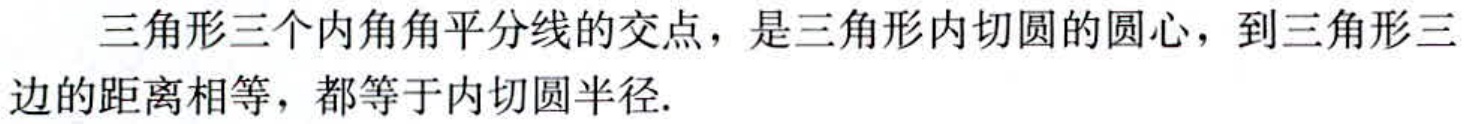
三角形三个内角角平分线的交点，是三角形内切圆的圆心，到三角形三边的距离相等，都等于内切圆半径.